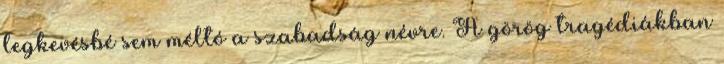
legkevésbé sem méltó a szabadság névre. A görög tragédiákban